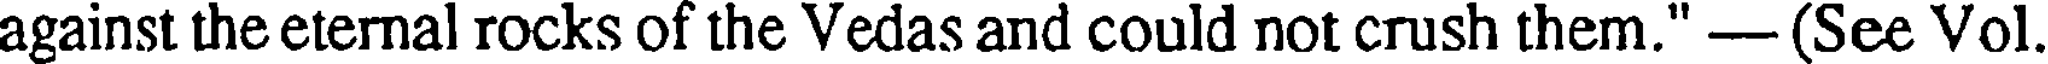
against the eternal rocks of the Vedas and could not crush them." -- (See Vol.